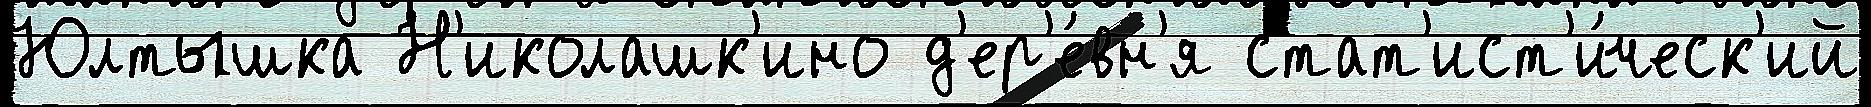
Юлтышка Н'иколашк'ино д'ер'е́вн'я стат'ист'и́ческ'ий